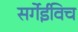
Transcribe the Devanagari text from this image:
सर्गेईविच